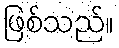
ဖြစ်သည်။